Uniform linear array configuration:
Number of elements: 48
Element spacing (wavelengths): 0.25
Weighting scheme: binomial
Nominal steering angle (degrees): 30
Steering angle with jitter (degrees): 28.846
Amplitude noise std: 0.05
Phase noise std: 0.05

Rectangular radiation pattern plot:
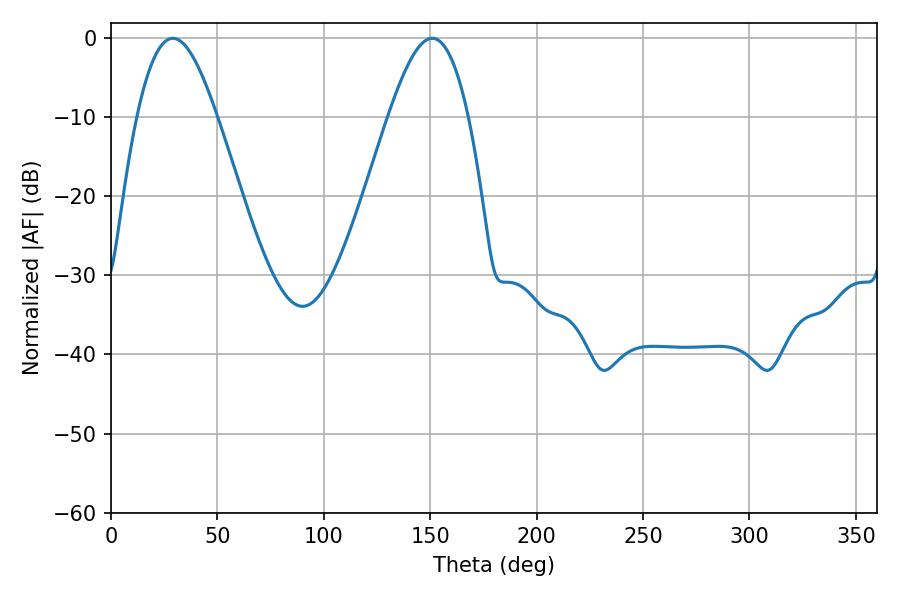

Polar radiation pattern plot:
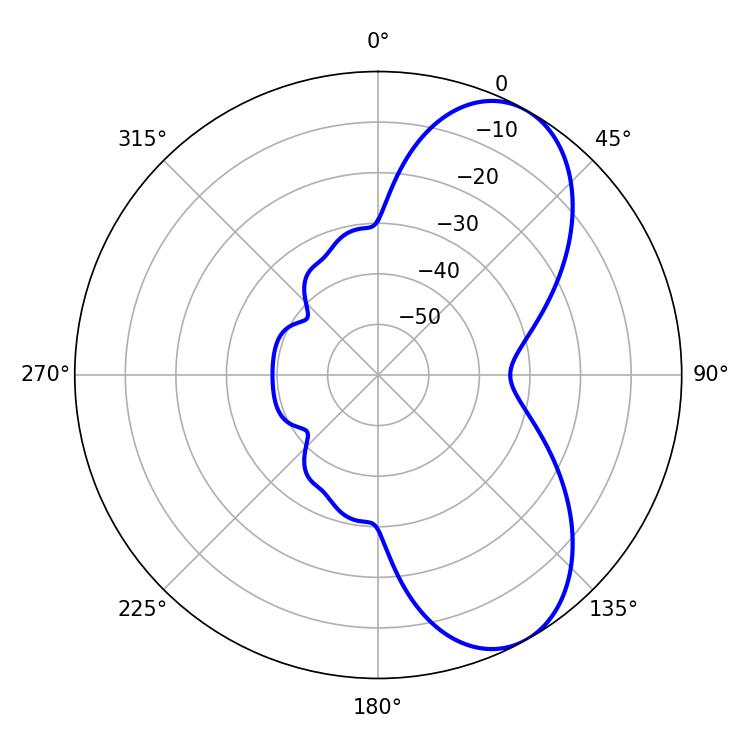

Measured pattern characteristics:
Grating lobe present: FALSE
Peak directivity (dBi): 7.159
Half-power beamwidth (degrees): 20.34
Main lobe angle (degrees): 28.98